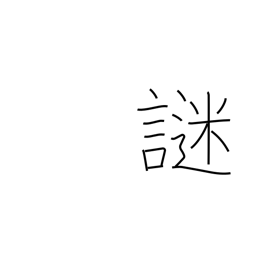
Meaning: riddle